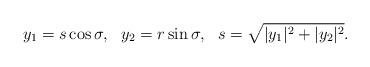
LaTeX: \begin{align*}y_1 = s \cos{\sigma}, \ \ y_2 = r \sin{\sigma}, \ \ s= \sqrt{|y_1|^2 + |y_2|^2}. \end{align*}